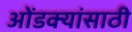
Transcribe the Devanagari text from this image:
ओंडक्यांसाठी